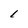
Character: 1